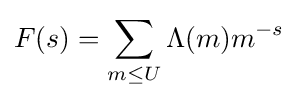
F(s)=\sum _{m\leq U}\Lambda (m)m^{-s}